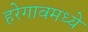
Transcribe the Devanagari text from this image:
हरेगावमध्ये